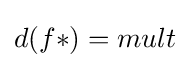
d({f*})=mult